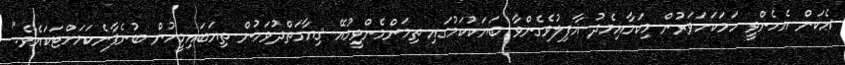
އެކަން އެހެންވީ ހަމަކަށަވަރުން މިކަމާއިމެދު ޣާފިލުވެގެންވާ ބަޔަކުކަމުގައި ތިމަންމެންވީމުއޭ ޤިޔާމަތްދުވަހުން ތިޔަބައިމީހުން ބުނެފާނެކަމަށްޓަކައެވެ."